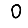
Digit: 0